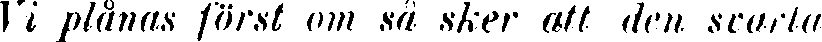
Vi plånas först om så sker att den svarta